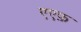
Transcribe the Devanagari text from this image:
एएफ़